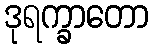
ဒုရက္ခာတော